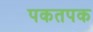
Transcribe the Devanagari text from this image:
पकतपक